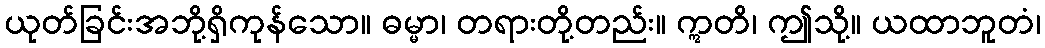
ယုတ်ခြင်းအဘို့ရှိကုန်သော။ ဓမ္မာ၊ တရားတို့တည်း။ ဣတိ၊ ဤသို့။ ယထာဘူတံ၊